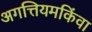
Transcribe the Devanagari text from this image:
अगत्तियमकिंवा